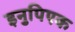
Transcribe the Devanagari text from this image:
इनुपिएक